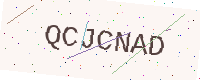
Text: QCJCNAD